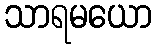
သာရမယော